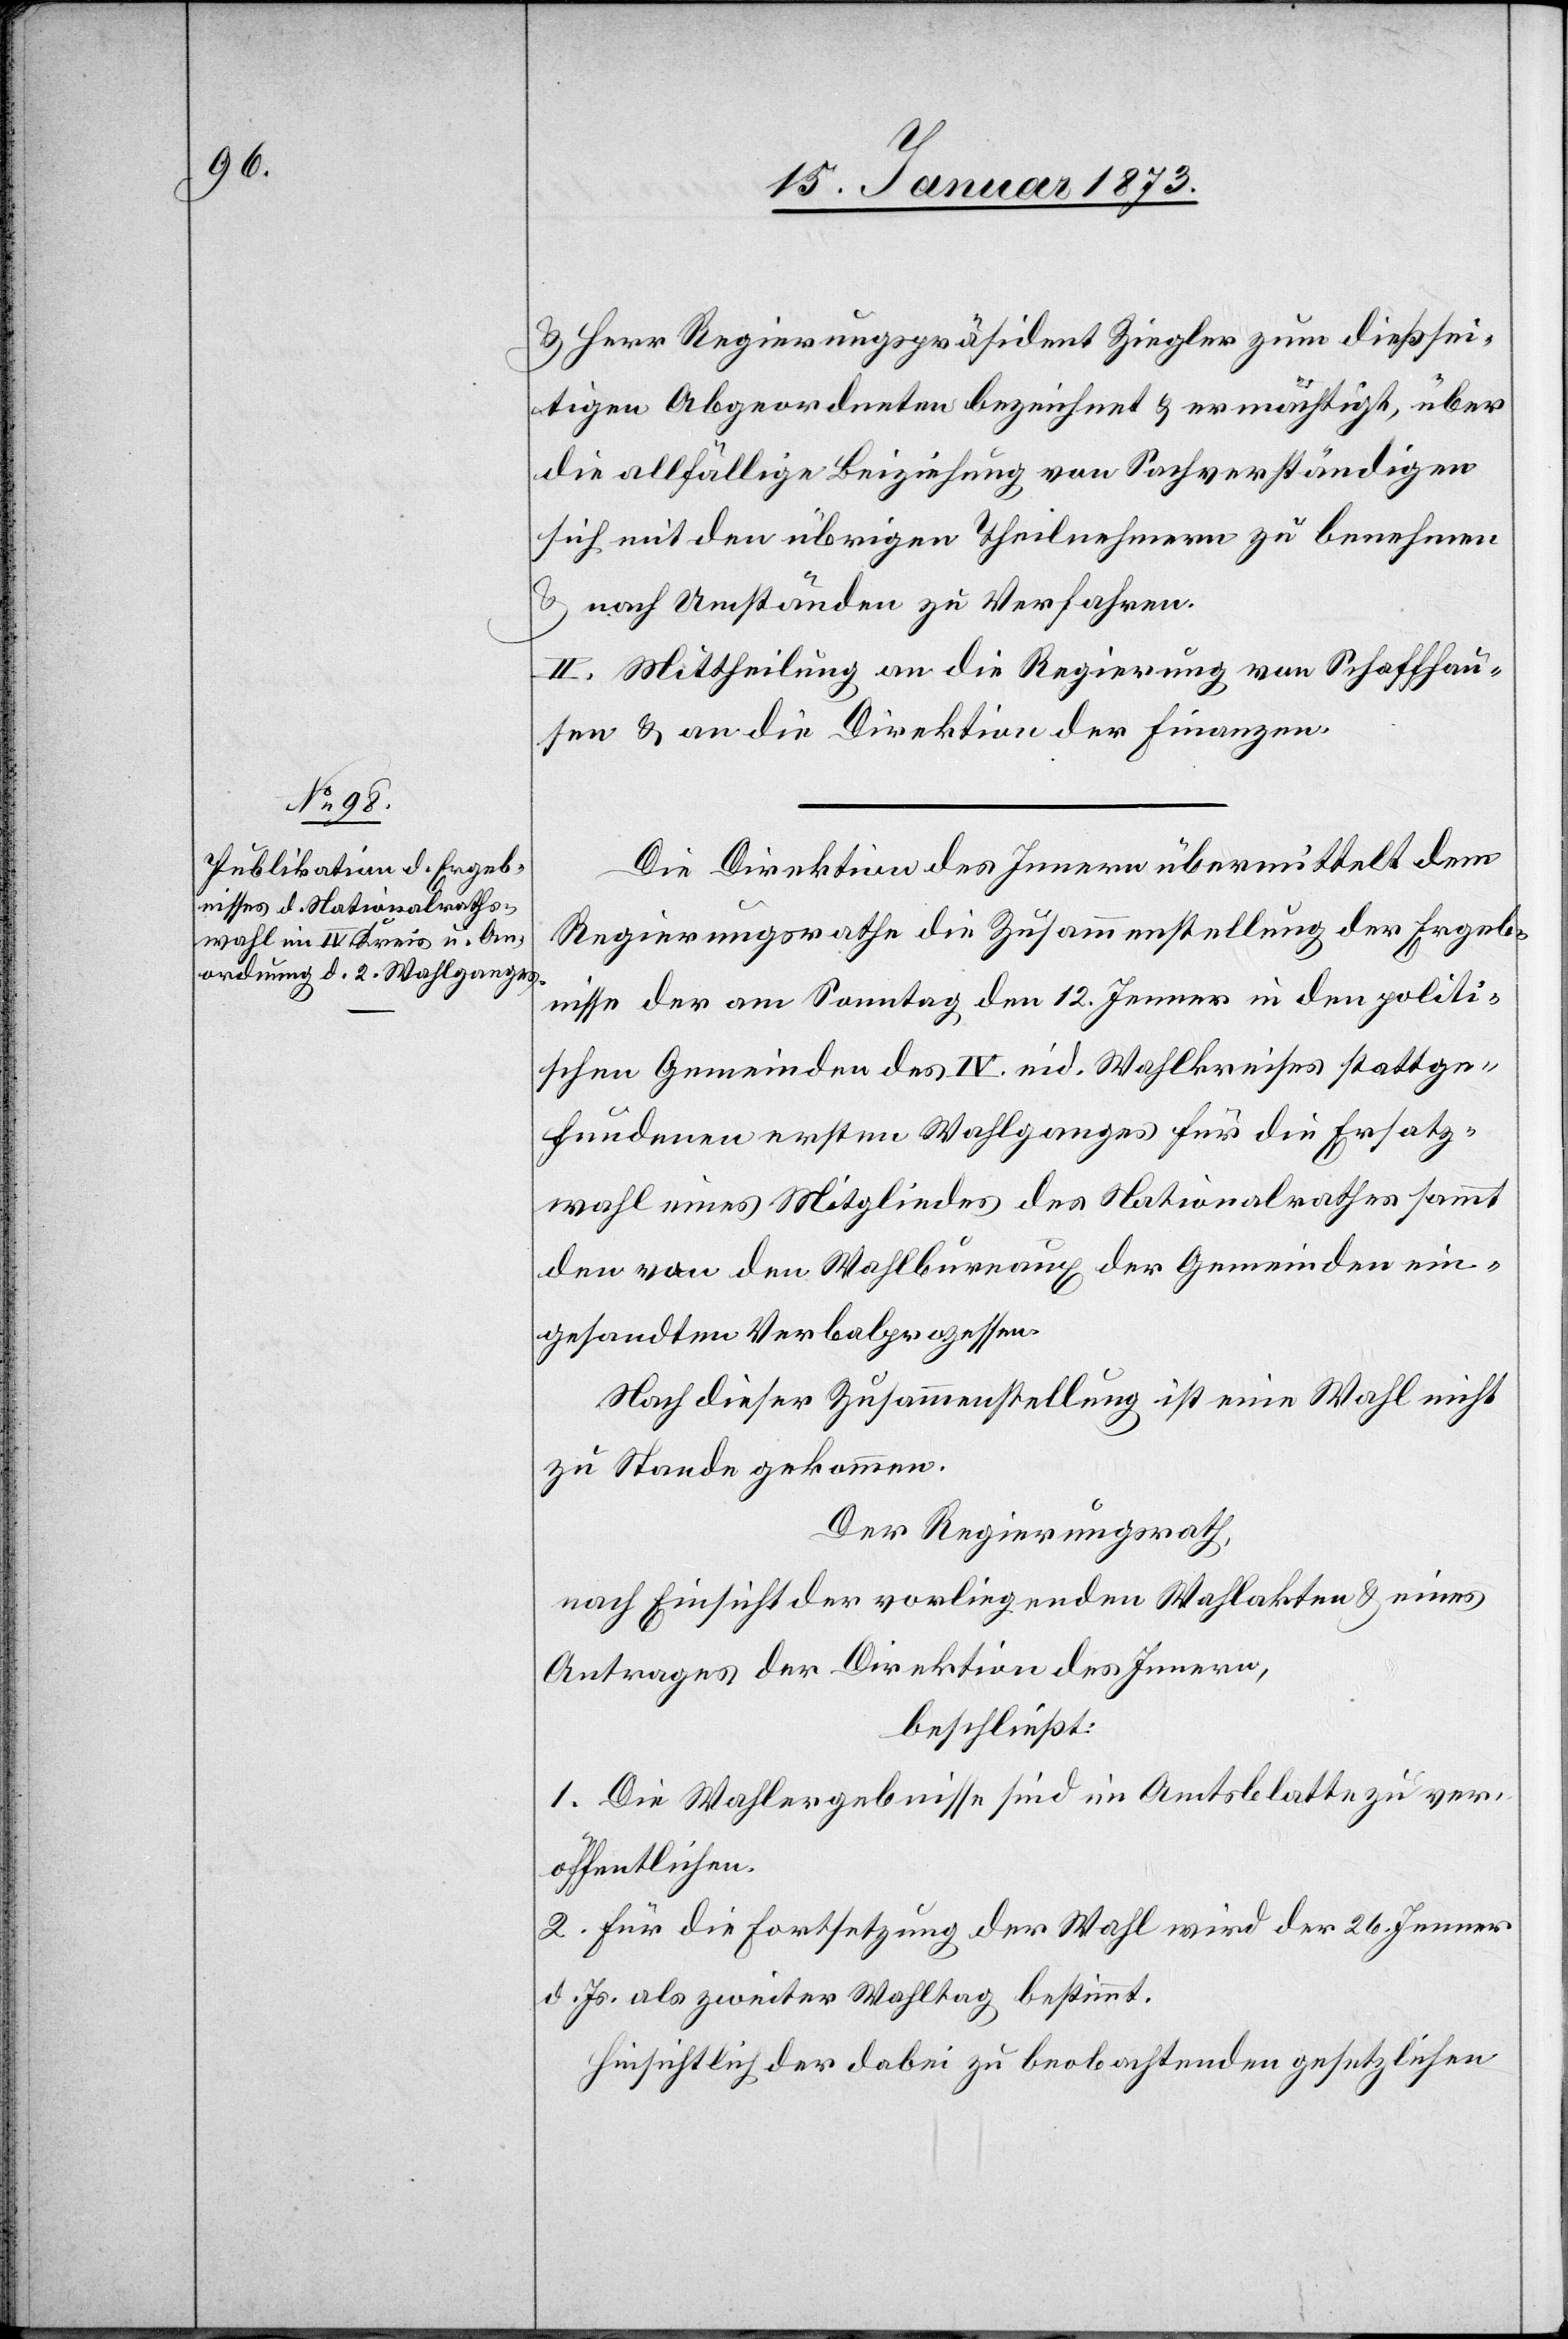
u. Herr Regierungspräsident Ziegler zum dießsei¬
tigen Abgeordneten bezeichnet u. ermächtigt, über
die allfällige Beiziehung von Sachverständigen
sich mit den übrigen Theilnehmern zu benehmen
u. nach Umständen zu verfahren.
II. Mittheilung an die Regierung von Schaffhau¬
sen u. an die Direktion der Finanzen.
Die Direktion des Innern übermittelt dem
Regierungsrathe die Zusammenstellung der Ergeb¬
nisse der am Sonntag den 12. Jenner in den politi¬
schen Gemeinden des IV. eid. Wahlkreises stattge¬
fundenen ersten Wahlganges für die Ersatz¬
wahl eines Mitgliedes des Nationalrathes sammt
den von den Wahlbureaux der Gemeinden ein¬
gesandten Verbalprozessen.
Nach dieser Zusammenstellung ist eine Wahl nicht
zu Stande gekommen.
Der Regierungsrath,
nach Einsicht der vorliegenden Wahlakten u. eines
Antrages der Direktion des Innern,
beschließt:
1. Die Wahlergebnisse sind im Amtsblatte zu ver¬
öffentlichen.
2. Für die Fortsetzung der Wahl wird der 26. Jenner
d. Js. als zweiter Wahltag bestimmt.
Einsichtlich der dabei zu beobachtenden gesetzlichen